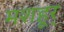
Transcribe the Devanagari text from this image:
मशहूर्